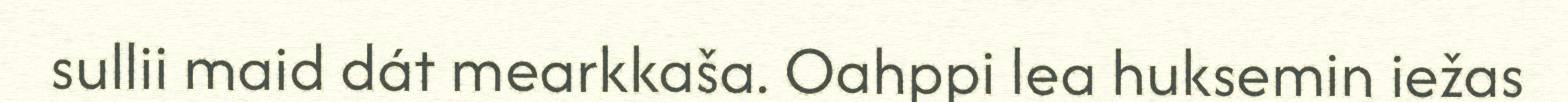
sullii maid dát mearkkaša. Oahppi lea huksemin iežas